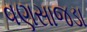
વણસાજડા